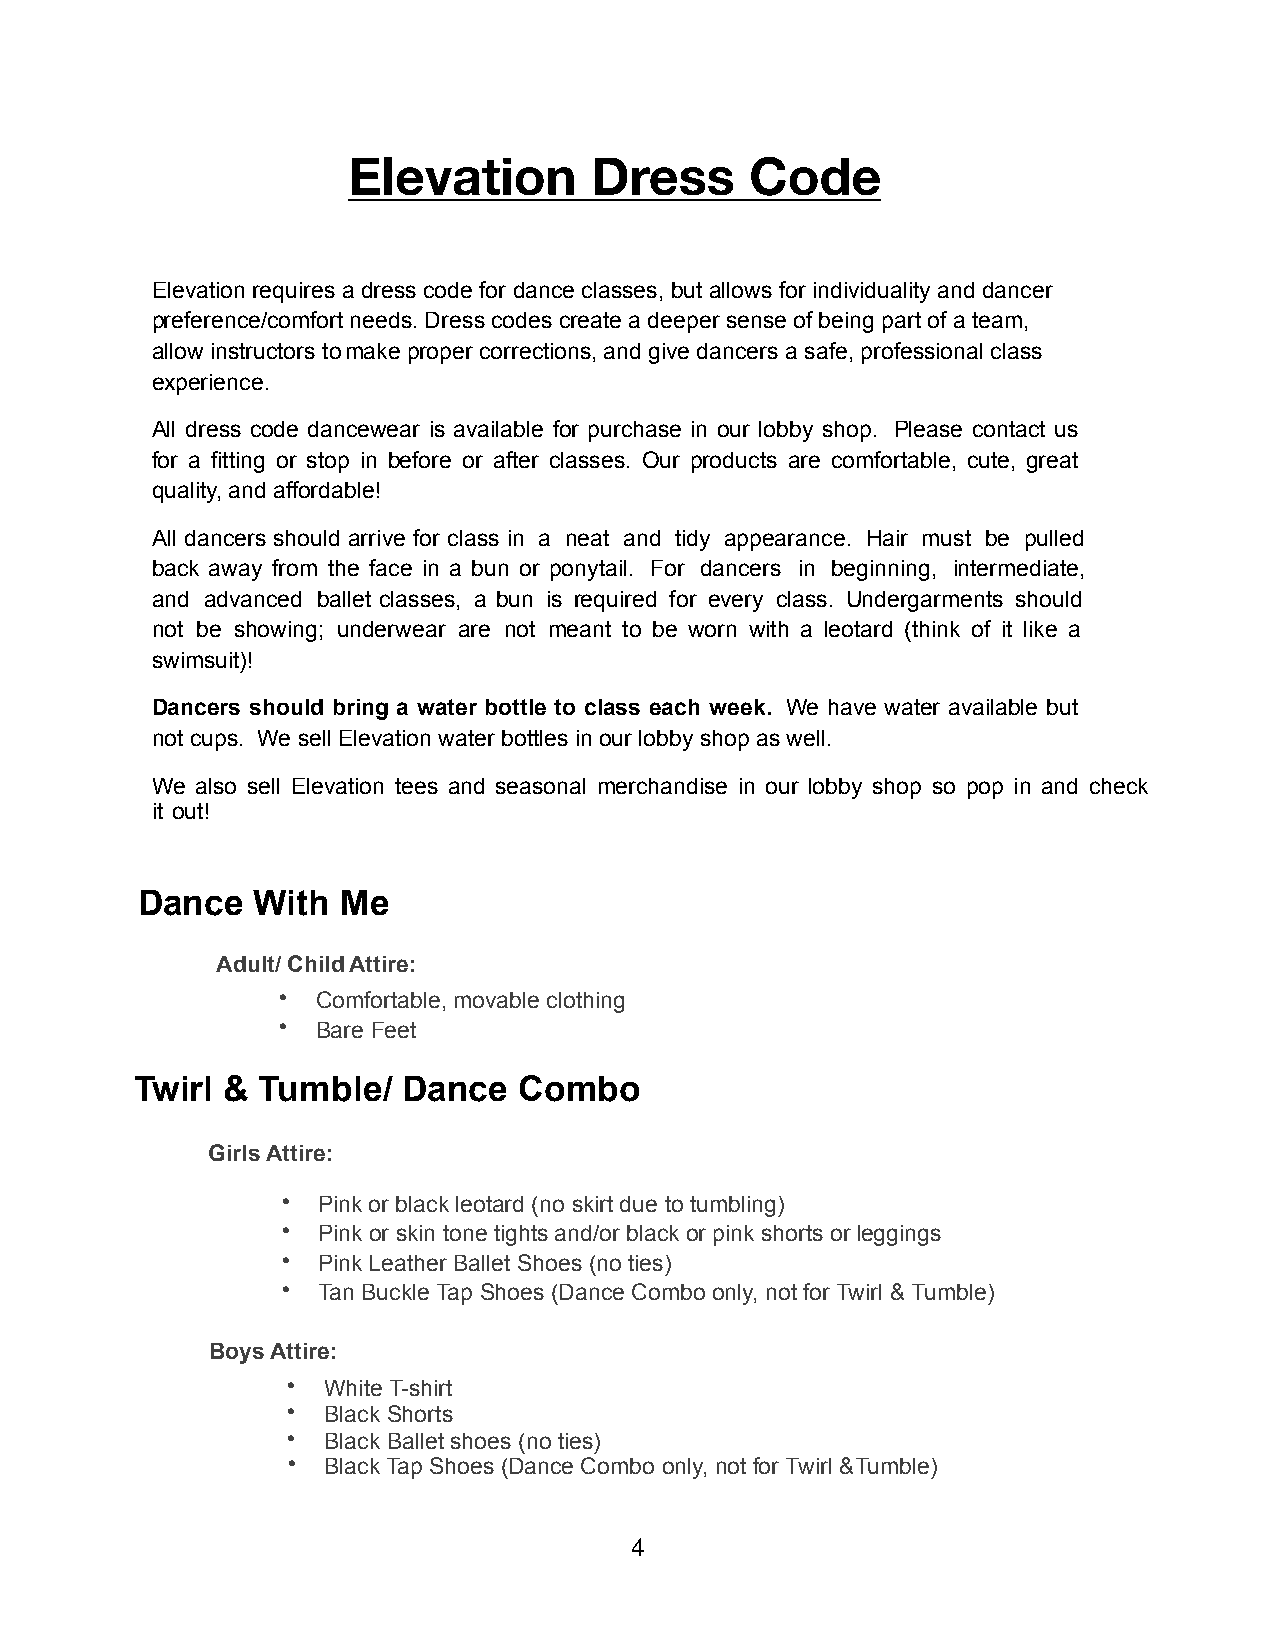
Elevation       Dress      Code
 Elevation requires a dress code for dance classes, but allows for individuality and dancer
 preference/comfort needs. Dress codes create a deeper sense of being part of a team,
 allow instructors to make proper corrections, and give dancers a safe, professional class
 experience.
 All dress code dancewear is available for purchase in our lobby shop. Please contact us
 for a fitting or stop in before or after classes. Our products are comfortable, cute, great
 quality, and affordable!
 All dancers should arrive for class in a neat and tidy appearance. Hair must be pulled
 back away from the face in a bun or ponytail. For dancers in beginning, intermediate,
 and advanced ballet classes, a bun is required for every class. Undergarments should
 not be showing; underwear are not meant to be worn with a leotard (think of it like a
 swimsuit)!
 Dancers should bring a water bottle to class each week. We have water available but
 not cups. We sell Elevation water bottles in our lobby shop as well.
 We also sell Elevation tees and seasonal merchandise in our lobby shop so pop in and check
 it out!
 Dance   With  Me
 Adult/ Child Attire:
 •  Comfortable, movable clothing
 •  Bare Feet
 Twirl & Tumble/   Dance  Combo
 Girls Attire:
 • Pink or black leotard (no skirt due to tumbling)
 • Pink or skin tone tights and/or black or pink shorts or leggings
 • Pink Leather Ballet Shoes (no ties)
 • Tan Buckle Tap Shoes (Dance Combo only, not for Twirl & Tumble)
 Boys Attire:
 • White T-shirt
 • Black Shorts
 • Black Ballet shoes (no ties)
 • Black Tap Shoes (Dance Combo only, not for Twirl & Tumble)
 4